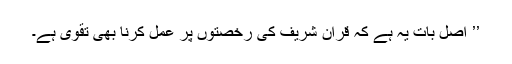
’’ اصل بات یہ ہے کہ قرآن شریف کی رخصتوں پر عمل کرنا بھی تقویٰ ہے۔